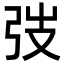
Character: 弢